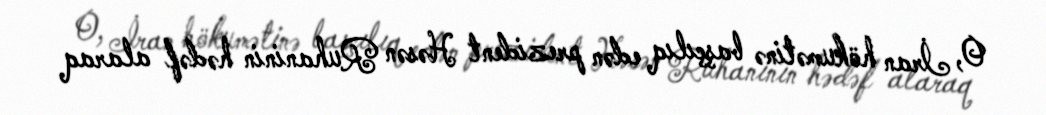
O, İran hökumətinə başçılıq edən prezident Həsən Ruhaninin hədəf alaraq